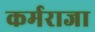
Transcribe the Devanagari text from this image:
कर्मराजा